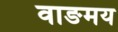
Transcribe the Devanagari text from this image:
वाङमय